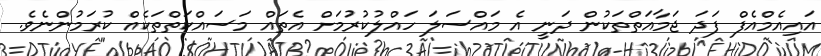
އައިއެމްއެފް ފަދަ ޖަމާއަތްތަކުން ދަނީ އެ މައްސަލަ ހައްލުކުރުމަށް އެތައް މަސައްކަތްތަކެއް ކުރަމުންނެވެ.